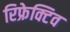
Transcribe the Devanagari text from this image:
रिफ्रेक्टिव